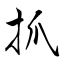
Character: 抓